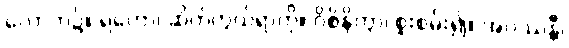
လောက၌။ ရဟော၊ ဆိတ်ကွယ်ရာကို။ ဝိစိနိတွာ၊ စူးစမ်း၍။ အပဿန္တီ၊